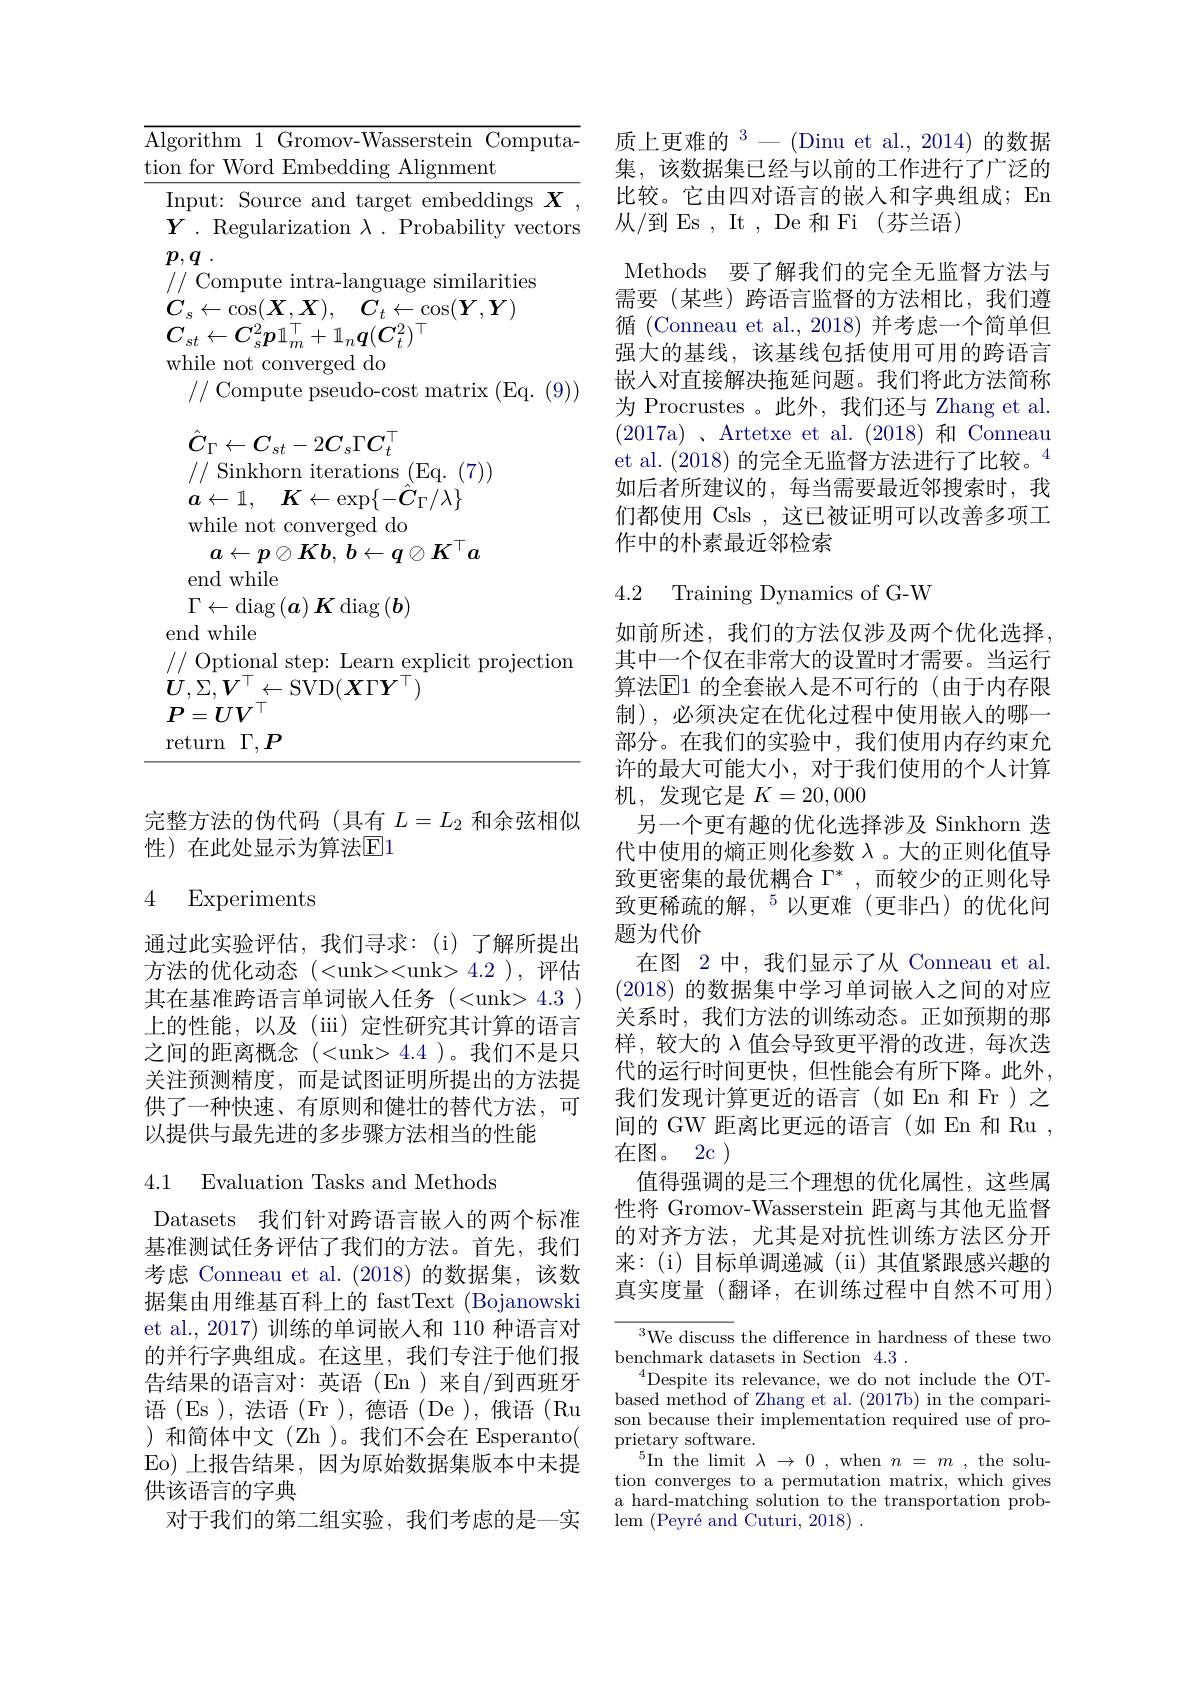
$\overline{\mathrm{Algorithm~1~Gromov-Wasserstein~Computa-}}$
tion for Word Embedding Alignment
Input: Source and target embeddings $X$ , $Y.$ Regularization $\lambda.$ Probability vectors $p, q$ .
// Compute intra-language similarities $C_{s}\leftarrow \cos ( \boldsymbol{X}, \boldsymbol{X}) $, $C_{t}\leftarrow \cos ( \boldsymbol{Y}, \boldsymbol{Y})$ $C_{st}\leftarrow C_{s}^{2}\boldsymbol{p}\mathbb{1}_{m}^{\top}+\mathbb{1}_{n}\boldsymbol{q}(\boldsymbol{C}_{t}^{2})^{\top}$
while not converged do
// Compute pseudo-cost matrix (Eq. (9))
$$\hat{C}_\Gamma\leftarrow C_{st}-2C_s\Gamma C_t^\top $$
// Sinkhorn iterations (Eq.(7))
$a\leftarrow 1$, $K\leftarrow \exp \{ - \hat{C} _\Gamma / \lambda \}$
while not converged do
$a\leftarrow p\oslash \boldsymbol{K}b$, $b\leftarrow q\oslash K^\top a$
end while
$\Gamma\leftarrow\operatorname{diag}\left(\boldsymbol{a}\right)\boldsymbol{K}\operatorname{diag}\left(\boldsymbol{b}\right)$
end while
$//\mathop{\text{ Optional step: Learn explicit projection}}$
$U,\Sigma,V^{\top}\leftarrow\bar{\mathrm{SVD}}(X\Gamma Y^{\top})$
$P=UV^{\top}$ return $\Gamma,P$

完整方法的伪代码(具有$L=L_2$ 和余弦相似
性)在此处显示为算法$\mathbb{E}$1

## 4 Experiments

通过此实验评估，我们寻求：(i)了解所提出方法的优化动态(<unk><unk>4.2),评估其在基准跨语言单词嵌入任务(<unk> 4.3) 上的性能，以及(iii)定性研究其计算的语言之间的距离概念(<unk> 4.4)。我们不是只关注预测精度，而是试图证明所提出的方法提供了一种快速、有原则和健壮的替代方法，可以提供与最先进的多步骤方法相当的性能

## 4.1 Evaluation Tasks and Methods

Datasets 我们针对跨语言嵌人的两个标准基准测试任务评估了我们的方法。首先，我们考虑 Conneau et al.(2018)的数据集，该数据集由用维基百科上的 fastText (Bojanowski et al., 2017) 训练的单词嵌人和 110 种语言对的并行字典组成。在这里，我们专注于他们报告结果的语言对：英语(En)来自/到西班牙语 (Es ), 法语 (Fr ), 德语 (De ), 俄语 (Ru )和简体中文(Zh)。我们不会在 Esperanto( Eo) 上报告结果，因为原始数据集版本中未提供该语言的字典
对于我们的第二组实验，我们考虑的是一实

质上更难的$^3-($Dinu et al.,2014)的数据集，该数据集已经与以前的工作进行了广泛的比较。它由四对语言的嵌入和字典组成；En 从/到Es，It,De和Fi(芬兰语)
Methods 要了解我们的完全无监督方法与需要(某些)跨语言监督的方法相比，我们遵循 (Conneau et al.,2018)并考虑一个简单但强大的基线，该基线包括使用可用的跨语言嵌入对直接解决拖延问题。我们将此方法简称为 Procrustes 。此外，我们还与 Zhang et al. (2017a)、Artetxe et al.(2018)和Conneau et al. (2018)的完全无监督方法进行了比较。$^{4}$ 如后者所建议的，每当需要最近邻搜索时，我们都使用 Csls , 这已被证明可以改善多项工作中的朴素最近邻检索

## 4.2 Training Dynamics of G-W

如前所述，我们的方法仅涉及两个优化选择， 其中一个仅在非常大的设置时才需要。当运行算法$\mathbb{E}$1 的全套嵌入是不可行的(由于内存限制),必须决定在优化过程中使用嵌入的哪一部分。在我们的实验中，我们使用内存约束允许的最大可能大小，对于我们使用的个人计算机，发现它是$K=20,000$
另一个更有趣的优化选择涉及 Sinkhorn 迭代中使用的熵正则化参数$\lambda$ 。大的正则化值导致更密集的最优耦合$\Gamma^*$,而较少的正则化导致更稀疏的解，$^{5}$以更难(更非凸)的优化问题为代价
在图 2 中，我们显示了从 Conneau et al (2018)的数据集中学习单词嵌入之间的对应关系时，我们方法的训练动态。正如预期的那样，较大的$\lambda$值会导致更平滑的改进，每次迭代的运行时间更快，但性能会有所下降。此外， 我们发现计算更近的语言(如 En 和 Fr)之间的 GW 距离比更远的语言(如 En 和 Ru , 在图。2c )
值得强调的是三个理想的优化属性，这些属性将 Gromov-Wasserstein 距离与其他无监督的对齐方法，尤其是对抗性训练方法区分开来：(i)目标单调递减(ii)其值紧跟感兴趣的真实度量 (翻译，在训练过程中自然不可用)

${}^{3}{\mathrm{We~discuss~the~difference~in~hardness~of~these~two}}$
benchmark datasets in Section 4.3 .
$^{4}$Despite its relevance, we do not include the OTbased method of Zhang et al. (2017b) in the comparison because their implementation required use of pro- $\operatorname*{prietary}_{r}$software.
$^{5}$In the limit$\lambda\to0$,when$n=m$,the solution converges to a permutation matrix, which gives a hard-matching solution to the transportation problem $( \text{Peyr\' {e}andCuturi, 2018}) .$